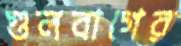
গুলবাগের